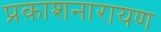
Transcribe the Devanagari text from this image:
प्रकाशनारायण